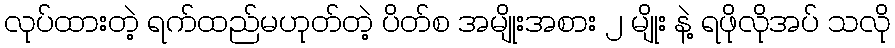
လုပ်ထားတဲ့ ရက်ထည်မဟုတ်တဲ့ ပိတ်စ အမျိုးအစား ၂ မျိုး နဲ့ ရဖိုလိုအပ် သလို